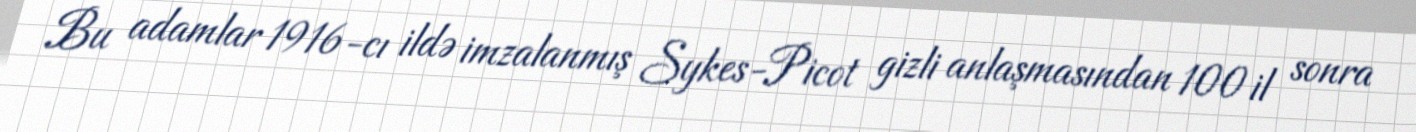
Bu adamlar 1916-cı ildə imzalanmış Sykes-Picot gizli anlaşmasından 100 il sonra